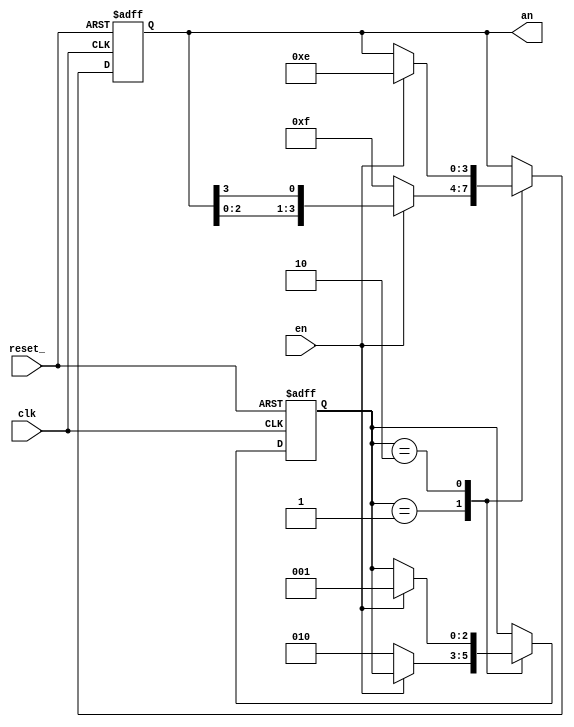
`define Inel 1
`define Stop 2
module NrInel (clk,reset_,en,an);


// ********** Intrari *********
input clk;
input reset_;
input en;

// ********* Iesiri *********
output [3:0] an;
    
 
// ******** Variabile interne ***
reg[3:0] s_ff, s_next; 
reg [2:0] state_ff, state_next;
//reg[3:0] out_ff, out_next; 
 


 
 
 
always @(*)   // ******* Combinational *********
	begin 
	s_next = s_ff;  // metoda de siguranta               OOOOOOOOOO
	state_next = state_ff;
	
	case(state_ff)
		`Inel:
			begin
				s_next = {s_ff[2:0],s_ff[3]};   
				if(~en)
					begin
						state_next = `Stop;
						s_next =4'b1111;
					end
				
			end
			
		`Stop:
			begin
				if(en)
					begin
						state_next=`Inel;
						s_next=4'b1110;
					
					end		
			
			end
	endcase
	end
	
		
 always @(posedge clk or negedge reset_)  // ******** Proces de clk si reset 
begin
		if (!reset_)   // daca reset e activ, initial s_ff=1110, prima stare
				begin
					s_ff <= 4'b1111; 
					state_ff <= `Inel;
				end
		
		else   // daca reset nu este activ
			begin
				state_ff <= state_next;	
				s_ff <= s_next;  // starea initiala = starea urmatoare
			
					
			end
		
end
 
  assign an = s_ff;
 
  endmodule
  
  
  
  
  
  // ********* explicatie OOOOOOOOOO
  /* always * inseamna ca va intrat in acel proces de cate ori se schimba starea unui semnal din interior
daca tu in proces ai N semnale _ff si _next
si doar unul trebuie sa se schimbe
atunci toate celalte trebuie sa ramana la aceeasi valoare 
asta e rolul _next <= _ff 
e un fel de solutie de backup
adica daca intra in proces si nu se schimba semnalele prin ramurile de if
atunci starea viitoare este tot una cu starea actuala

*/